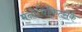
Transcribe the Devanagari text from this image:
मनोचिकित्सके